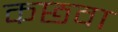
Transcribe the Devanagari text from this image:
कछवा